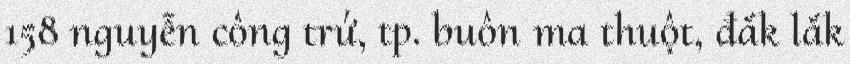
158 nguyễn công trứ, tp. buôn ma thuột, đắk lắk